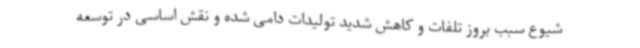
شیوع سبب بروز تلفات و کاهش شدید تولیدات دامی شده و نقش اساسی در توسعه